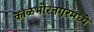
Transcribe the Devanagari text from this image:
काळभोरनगरमध्ये